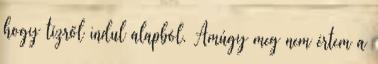
hogy tízről indul alapból. Amúgy meg nem értem a